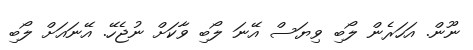
ނޫން. އަހަރެން ލޯބި ވިޔަސް އޭނަ ލޯބި ވާކަށް ނުޖެހޭ. އޭނައަށް ލޯބި